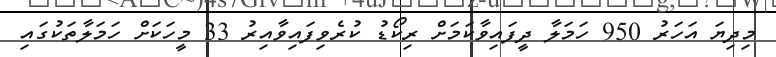
މިދިޔަ އަހަރު 950 ހަމަލާ ދީފައިވާކަމަށް ރިކޯޑު ކުރެވިފައިވާއިރު 33 މީހަކަށް ހަމަލާތަކުގައި